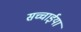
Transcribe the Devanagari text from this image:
सच्चाईयां